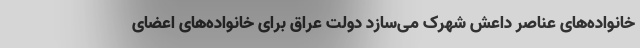
خانواده‌های عناصر داعش شهرک می‌سازد دولت عراق برای خانواده‌های اعضای